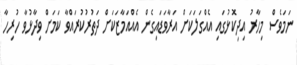
ނަމަވެސް މިހާރު އިދިކޮޅުގައި އެއްގަލަކަށް އަރާވަޑައިގެން އެއްއަމާޒަކަށް ދަތުރުކުރައްވާ ކަމަށް ވިދާޅުވާ ހުރިހާ